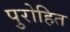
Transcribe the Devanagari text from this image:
पुरोहित